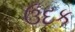
ઉદક